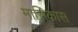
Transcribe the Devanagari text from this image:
मासिकास